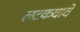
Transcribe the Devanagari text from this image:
लटकवावे